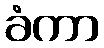
ခံကာ